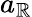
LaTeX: a_{\mathbb{R}}